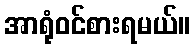
အာရုံဝင်စားရမယ်။